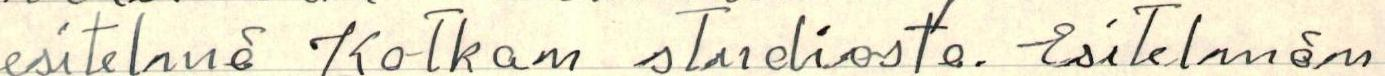
esitelmä Kotkan studiosta. Esitelmän